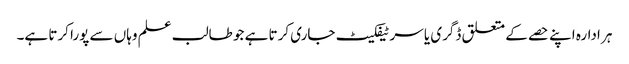
ہر ادارہ اپنے حصے کے متعلق ڈگری یا سرٹیفکیٹ جاری کرتا ہے جو طالب علم وہاں سے پورا کرتا ہے۔